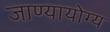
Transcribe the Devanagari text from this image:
जाण्यायोग्य